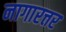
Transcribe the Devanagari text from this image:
नागारत्तर